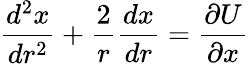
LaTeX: \frac{d^{2}x}{dr^{2}}+\frac{2}{r}\frac{dx}{dr}=\frac{\partial U}{\partial x}